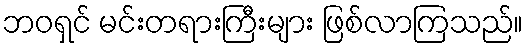
ဘဝရှင် မင်းတရားကြီးများ ဖြစ်လာကြသည်။